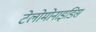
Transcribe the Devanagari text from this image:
टेलोमोनाइडिस